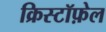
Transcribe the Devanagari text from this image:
क्रिस्टॉफ़ेल